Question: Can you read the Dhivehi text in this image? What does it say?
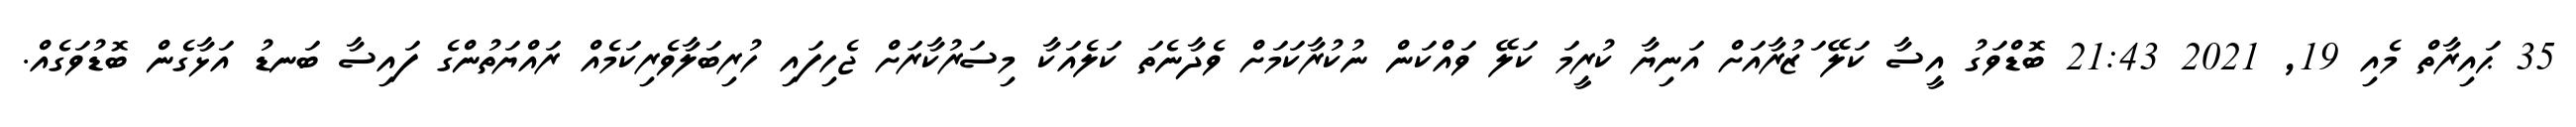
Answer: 35 ޙައިރާތް މެއި 19, 2021 21:43 ބޮޑްވަގު އީސާ ކަލޭ ަޒުރާއަށް އަނިޔާ ކުރީމަ ކަލޭ ވައްކަން ނުކުރާކަމަށް ވެދާނެތަ ކަލެއަކާ މިސަރުކާރަށް ޖެހިފައި ހުރިބަލާވެރިކަމެއް ރައްޔަތުންގެ ފައިސާ ބަނޑު އަޅާގެން ބޮޑުވަގެއް.